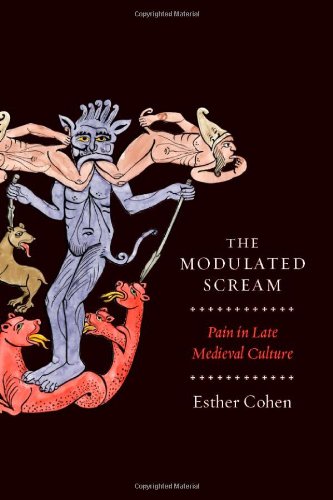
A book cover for The Modulated Scream: Pain in Late Medieval Culture; Esther Cohen; Gay & Lesbian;